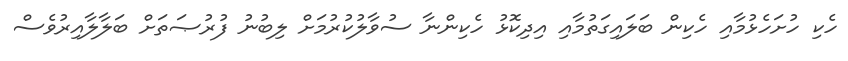
ހެކި ހުށަހެޅުމާއި ހެކިން ބަލައިގަތުމާއި އިދިކޮޅު ހެކިންނާ ސުވާލުކުރުމަށް ލިބުނު ފުރުޞަތަށް ބަލާލާއިރުވެސް